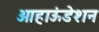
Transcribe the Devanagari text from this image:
ओहाऊंडेशन